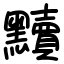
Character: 黷